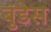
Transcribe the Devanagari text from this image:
बुंडेस